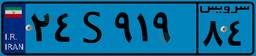
۸۹S۱۴۴۷۴